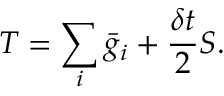
T = \sum _ { i } \bar { g } _ { i } + \frac { \delta t } { 2 } S .